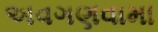
અવગણવામા